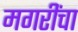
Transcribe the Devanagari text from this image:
मगरींचा